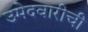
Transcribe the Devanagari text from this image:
उमेदवारीची